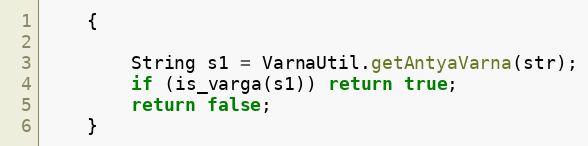
Language: Java
    {

        String s1 = VarnaUtil.getAntyaVarna(str);
        if (is_varga(s1)) return true;
        return false;
    }